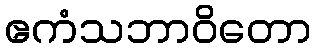
ဧကံသဘာဝိတော